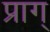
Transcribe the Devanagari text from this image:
प्राग्